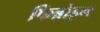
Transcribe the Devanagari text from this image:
फिब्रोइन